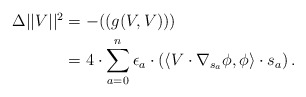
\begin{align*}\begin{aligned} \Delta ||V||^2 & = - ((g(V,V))) \\&= 4 \cdot \sum_{a=0}^n \epsilon_a \cdot \left( \langle V \cdot \nabla_{s_a} \phi, \phi \rangle \cdot s_a \right). \end{aligned}\end{align*}